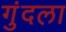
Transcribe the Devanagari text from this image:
गुंदला